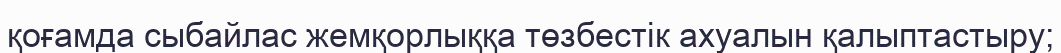
қоғамда сыбайлас жемқорлыққа төзбестік ахуалын қалыптастыру;